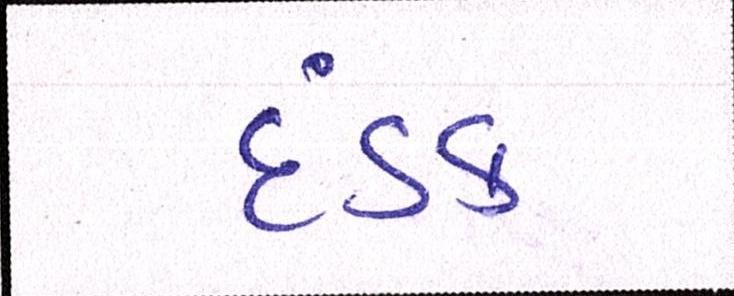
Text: દંડક